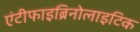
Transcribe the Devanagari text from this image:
एंटीफाइब्रिनोलाइटिक